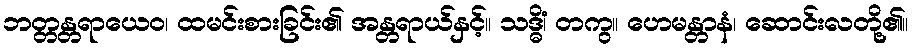
ဘတ္တန္တရာယေဝ၊ ထမင်းစားခြင်း၏ အန္တရာယ်နှင့်။ သဒ္ဓိံ၊ တကွ။ ဟေမန္တာနံ၊ ဆောင်းလတို့၏။